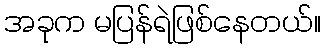
အခုက မပြန်ရဲဖြစ်နေတယ်။